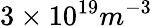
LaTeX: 3\times 10^{19}m^{-3}